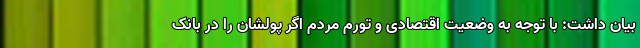
بیان داشت: با توجه به وضعیت اقتصادی و تورم مردم اگر پولشان را در بانک